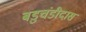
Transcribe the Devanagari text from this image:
बडुचंडीदास